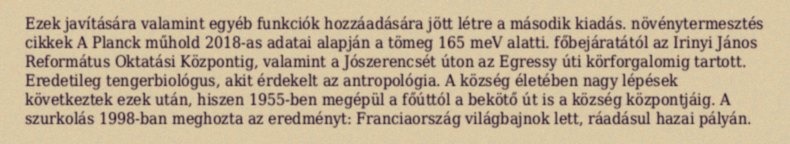
Ezek javítására valamint egyéb funkciók hozzáadására jött létre a második kiadás. növénytermesztés cikkek A Planck műhold 2018-as adatai alapján a tömeg 165 meV alatti. főbejáratától az Irinyi János Református Oktatási Központig, valamint a Jószerencsét úton az Egressy úti körforgalomig tartott. Eredetileg tengerbiológus, akit érdekelt az antropológia. A község életében nagy lépések következtek ezek után, hiszen 1955-ben megépül a főúttól a bekötő út is a község központjáig. A szurkolás 1998-ban meghozta az eredményt: Franciaország világbajnok lett, ráadásul hazai pályán.